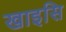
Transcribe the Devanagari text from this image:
खाइसि